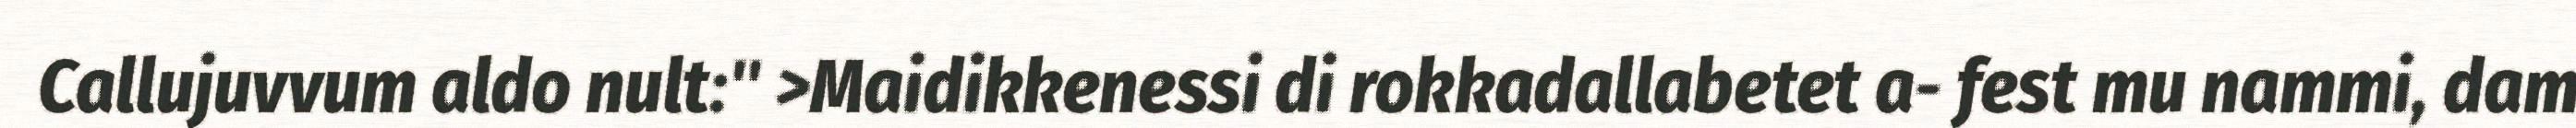
Callujuvvum aldo nult:" >Maidikkenessi di rokkadallabetet a- fest mu nammi, dam